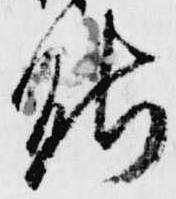
能